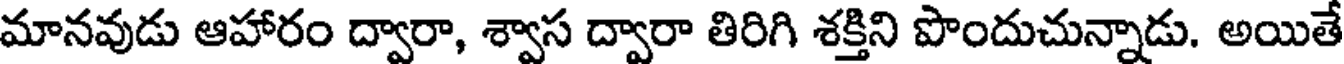
మానవుడు ఆహారం ద్వారా, శ్వాస ద్వారా తిరిగి శక్తిని పొందుచున్నాడు. అయితే